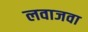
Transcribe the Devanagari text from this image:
लवाजवा